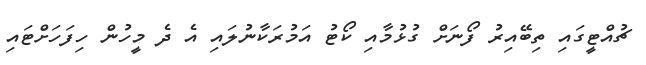
ޗުއްޓީގައި ތިބޭއިރު ފޯނަށް ގުޅުމާއި ކޯޓު އަމުރަކާނުލައި އެ ދެ މީހުން ހިފަހަށްޓައި